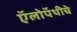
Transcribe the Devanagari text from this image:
ऍलोपॅथीचे